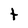
Character: t